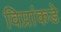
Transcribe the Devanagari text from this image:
विप्रांकडे